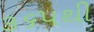
૩૬૫થી